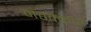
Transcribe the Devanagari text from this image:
मरक्कार